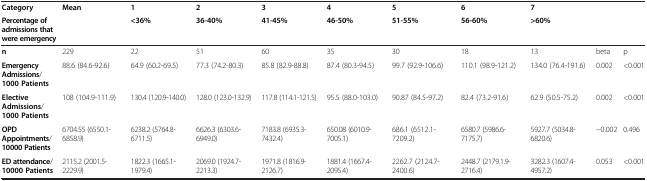
<table><thead><tr><td><b>Category</b></td><td><b>Mean</b></td><td><b>1</b></td><td><b>2</b></td><td><b>3</b></td><td><b>4</b></td><td><b>5</b></td><td><b>6</b></td><td><b>7</b></td><td><b> </b></td><td><b> </b></td></tr><tr><td><b>Percentage of admissions that were emergency</b></td><td><b> </b></td><td><b>&lt;36%</b></td><td><b>36-40%</b></td><td><b>41-45%</b></td><td><b>46-50%</b></td><td><b>51-55%</b></td><td><b>56-60%</b></td><td><b>&gt;60%</b></td><td><b> </b></td><td><b> </b></td></tr></thead><tbody><tr><td><b>n</b></td><td>229</td><td>22</td><td>51</td><td>60</td><td>35</td><td>30</td><td>18</td><td>13</td><td>beta</td><td>p</td></tr><tr><td><b>Emergency Admissions</b>/<b>1000 Patients</b></td><td>88.6 (84.6-92.6)</td><td>64.9 (60.2-69.5)</td><td>77.3 (74.2-80.3)</td><td>85.8 (82.9-88.8)</td><td>87.4 (80.3-94.5)</td><td>99.7 (92.9-106.6)</td><td>110.1 (98.9-121.2)</td><td>134.0 (76.4-191.6)</td><td>0.002</td><td>&lt;0.001</td></tr><tr><td><b>Elective Admissions</b>/<b>1000 Patients</b></td><td>108 (104.9-111.9)</td><td>130.4 (120.9-140.0)</td><td>128.0 (123.0-132.9)</td><td>117.8 (114.1-121.5)</td><td>95.5 (88.0-103.0)</td><td>90.87 (84.5-97.2)</td><td>82.4 (73.2-91.6)</td><td>62.9 (50.5-75.2)</td><td>0.002</td><td>&lt;0.001</td></tr><tr><td><b>OPD Appointments</b>/<b>10000 Patients</b></td><td>6704.55 (6550.1-6858.9)</td><td>6238.2 (5764.8-6711.5)</td><td>6626.3 (6303.6-6949.0)</td><td>7183.8 (6935.3-7432.4)</td><td>650.08 (6010.9-7005.1)</td><td>686.1 (6512.1-7209.2)</td><td>6580.7 (5986.6-7175.7)</td><td>5927.7 (5034.8-6820.6)</td><td>−0.002</td><td>0.496</td></tr><tr><td><b>ED attendance</b>/<b>10000 Patients</b></td><td>2115.2 (2001.5-2229.9)</td><td>1822.3 (1665.1-1979.4)</td><td>2069.0 (1924.7-2213.3)</td><td>1971.8 (1816.9-2126.7)</td><td>1881.4 (1667.4-2095.4)</td><td>2262.7 (2124.7-2400.6)</td><td>2448.7 (2179.1.9-2716.4)</td><td>3282.3 (1607.4-4957.2)</td><td>0.053</td><td>&lt;0.001</td></tr></tbody></table>